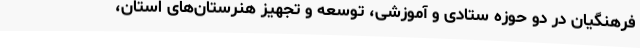
فرهنگیان در دو حوزه ستادی و آموزشی، توسعه و تجهیز هنرستان‌های استان،